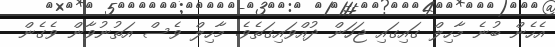
އެހެން ބުނެ މާހިލް ގައިގައި ޖަހަން ދުއްވައިގަތެވެ. މާހިލް ވެސް އަތުނުވާން ވެގެން